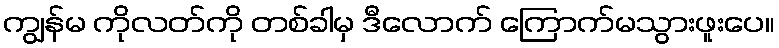
ကျွန်မ ကိုလတ်ကို တစ်ခါမှ ဒီလောက် ကြောက်မသွားဖူးပေ။